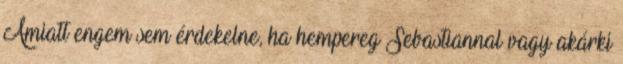
Amiatt engem sem érdekelne, ha hempereg Sebastiannal vagy akárki